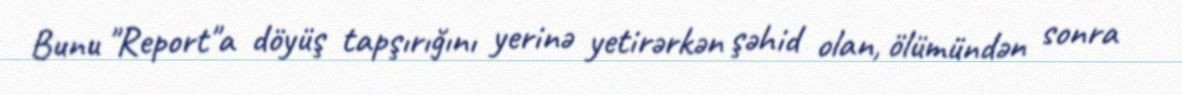
Bunu "Report"a döyüş tapşırığını yerinə yetirərkən şəhid olan, ölümündən sonra